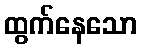
ထွက်နေသော